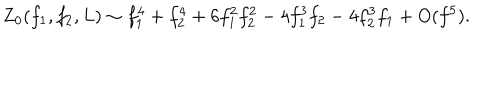
LaTeX: Z _ { 0 } ( f _ { 1 } , f _ { 2 } , L ) \sim f _ { 1 } ^ { 4 } + f _ { 2 } ^ { 4 } + 6 f _ { 1 } ^ { 2 } f _ { 2 } ^ { 2 } - 4 f _ { 1 } ^ { 3 } f _ { 2 } - 4 f _ { 2 } ^ { 3 } f _ { 1 } + O ( f ^ { 5 } ) .